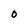
Character: O